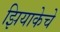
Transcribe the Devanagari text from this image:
झियाकेचे